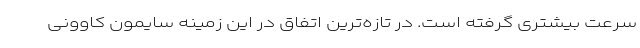
سرعت بیشتری گرفته است. در تازه‌ترین اتفاق در این زمینه سایمون کاوونی